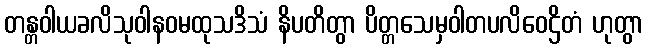
တန္တဝါယခလိသုဝါနဝမထုသဒိသံ နိပတိတွာ ပိတ္တသေမှဝါတပလိဝေဌိတံ ဟုတွာ